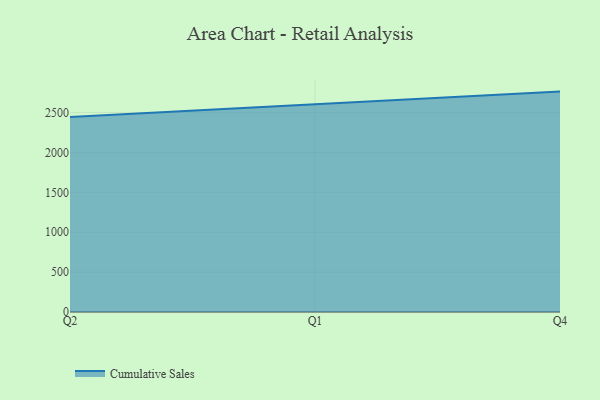
{"axis": {"x": "Quarter", "y": "Operating Costs (USD K)"}, "legend": ["Cumulative Sales"], "data": [{"x": "Q2", "y": 2443.2, "type": "Cumulative Sales"}, {"x": "Q1", "y": 2605.0, "type": "Cumulative Sales"}, {"x": "Q4", "y": 2762.8, "type": "Cumulative Sales"}]}